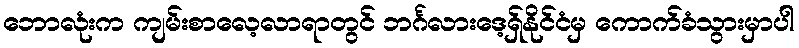
ဘောလုံးက ကျမ်းစာလေ့လာရာတွင် ဘင်္ဂလားဒေ့ရှ်နိုင်ငံမှ ကောက်ခံသွားမှာပါ